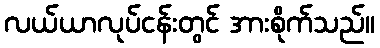
လယ်ယာလုပ်ငန်းတွင် အားစိုက်သည်။